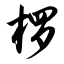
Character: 椤